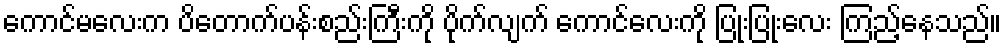
ကောင်မလေးက ပိတောက်ပန်းစည်းကြီးကို ပိုက်လျက် ကောင်လေးကို ပြုံးပြုံးလေး ကြည့်နေသည်။